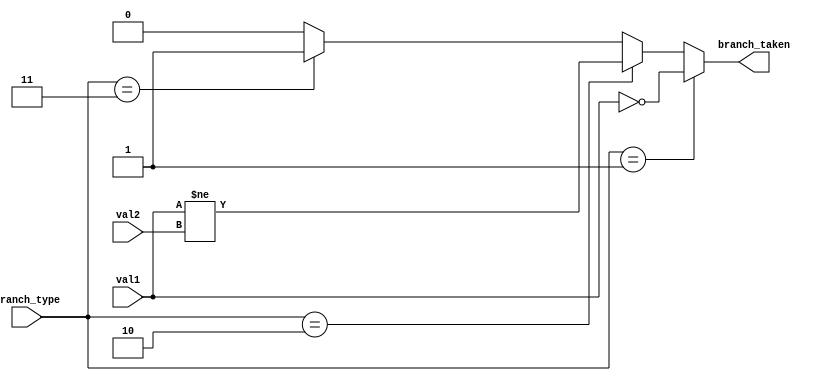
module Condition_Check(
    input [31:0] val1,
    input [31:0] val2,
    input [1:0] branch_type,

    output branch_taken 
);
    assign branch_taken = (branch_type==2'b01) ? val1 == 32'b0 :
                          (branch_type==2'b10) ? val1 != val2 :
                          (branch_type==2'b11) ? 1'b1 :
                          1'b0;
endmodule